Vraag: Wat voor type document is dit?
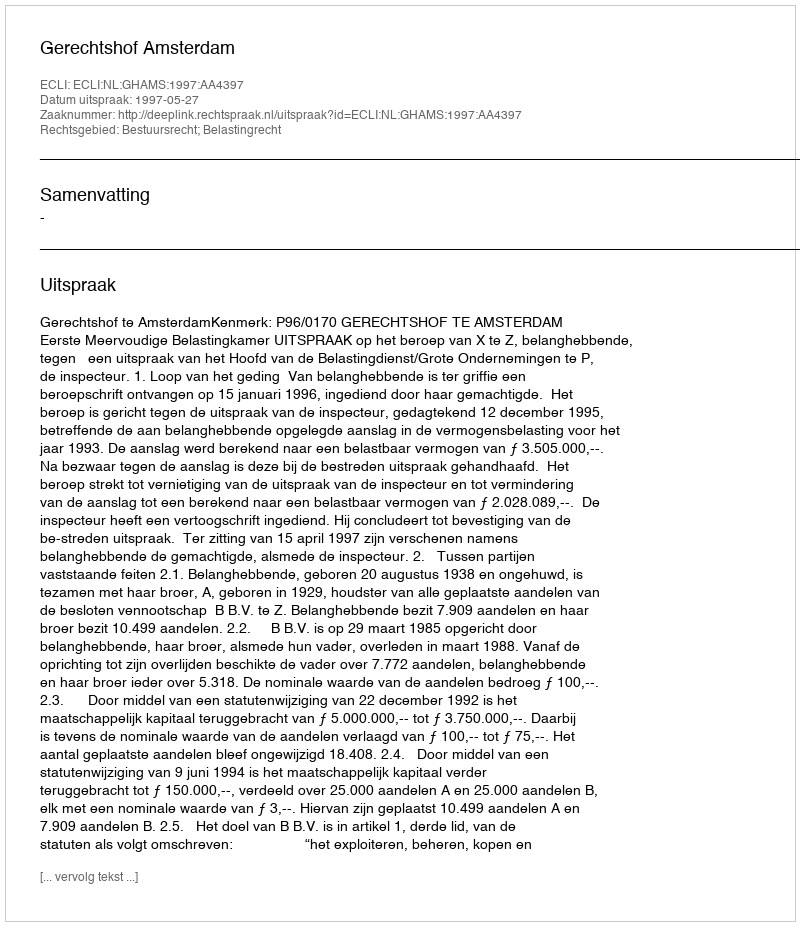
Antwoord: Uitspraak